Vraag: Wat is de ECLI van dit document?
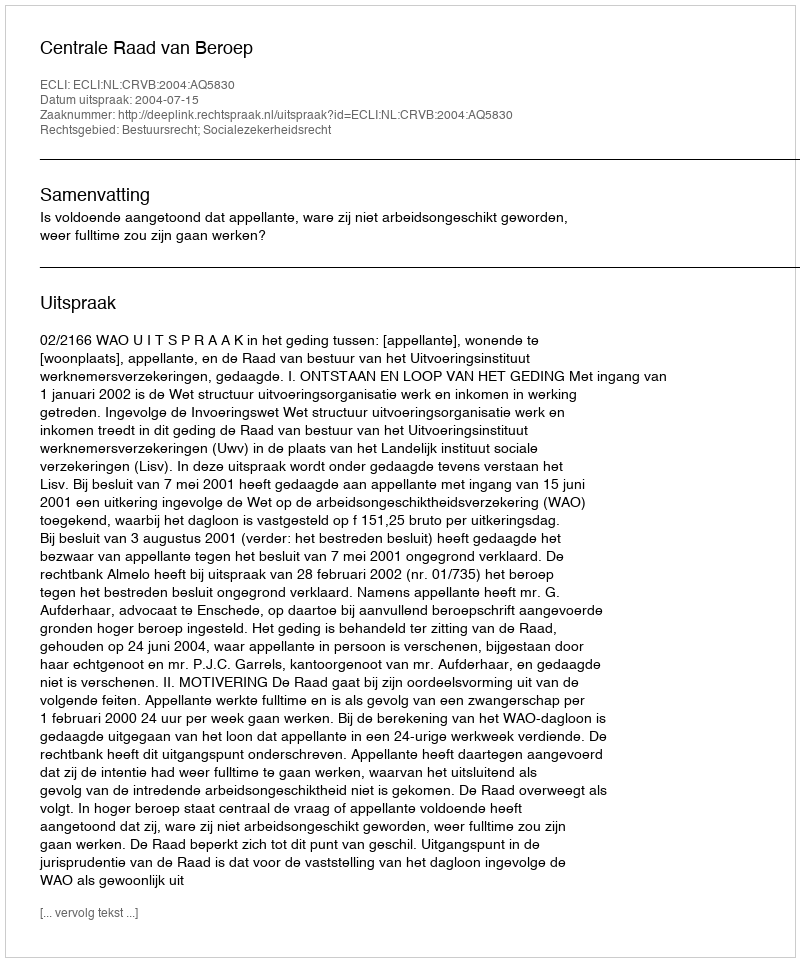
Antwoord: ECLI:NL:CRVB:2004:AQ5830